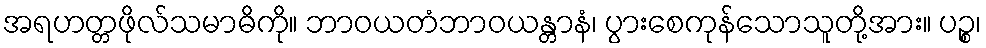
အရဟတ္တဖိုလ်သမာဓိကို။ ဘာဝယတံဘာဝယန္တာနံ၊ ပွားစေကုန်သောသူတို့အား။ ပဉ္စ၊